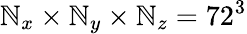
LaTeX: \mathbb{N}_{x}\times\mathbb{N}_{y}\times\mathbb{N}_{z}=72^{3}